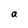
Character: a